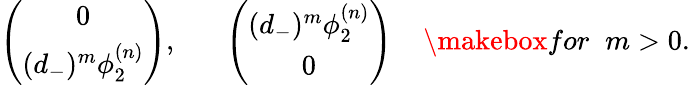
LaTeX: \left(\begin{array}{c}{{0}}\\ {{(d_{-})^{m}\phi_{2}^{(n)}}}\end{array}\right),\; \; \; \; \; \; \left(\begin{array}{c}{{(d_{-})^{m}\phi_{2}^{(n)}}}\\ {{0}}\end{array}\right)\; \; \; \; \makebox{for}\; \; m>0.